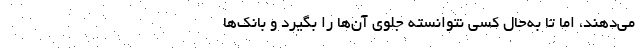
می‌دهند، اما تا به‌حال کسی نتوانسته جلوی آن‌ها را بگیرد و بانک‌ها